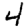
Digit: 4